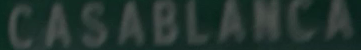
CASABLANCA